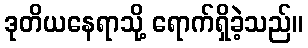
ဒုတိယနေရာသို့ ရောက်ရှိခဲ့သည်။